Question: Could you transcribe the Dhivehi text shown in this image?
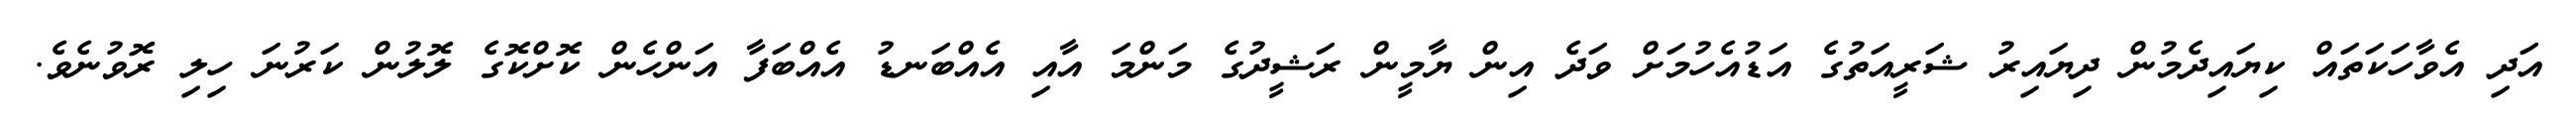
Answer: އަދި އެވާހަކަތައް ކިޔައިދެމުން ދިޔައިރު ޝަރީއަތުގެ އަޑުއެހުމަށް ވަދެ އިން ޔާމީން ރަޝީދުގެ މަންމަ އާއި އެއްބަނޑު އެއްބަފާ އަންހެން ކޮށްކޮގެ ލޮލުން ކަރުނަ ހިލި ރޮވުނެވެ.